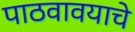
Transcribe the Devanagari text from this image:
पाठवावयाचे